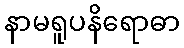
နာမရူပနိရောဓာ